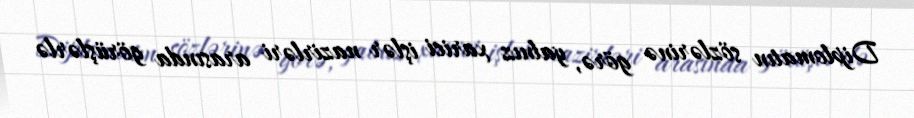
Diplomatın sözlərinə görə, yalnız xarici işlər nazirləri arasında görüşlərlə